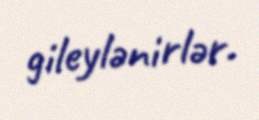
gileylənirlər.